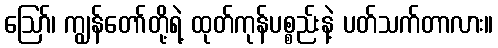
ဪ၊ ကျွန်တော်တို့ရဲ့ ထုတ်ကုန်ပစ္စည်းနဲ့ ပတ်သက်တာလား။